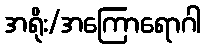
အရိုး/အကြောရောဂါ